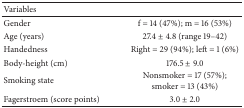
<table><thead><tr><td><b>Variables</b></td><td>[EMPTY_CELL]</td></tr></thead><tbody><tr><td>Gender</td><td>f = 14 (47%); m = 16 (53%)</td></tr><tr><td>Age (years)</td><td>27.4 ± 4.8 (range 19–42)</td></tr><tr><td>Handedness</td><td>Right = 29 (94%); left = 1 (6%) </td></tr><tr><td>Body-height (cm)</td><td>176.5 ± 9.0</td></tr><tr><td>Smoking state</td><td>Nonsmoker = 17 (57%); smoker = 13 (43%)</td></tr><tr><td>Fagerstroem (score points)</td><td>3.0 ± 2.0</td></tr></tbody></table>